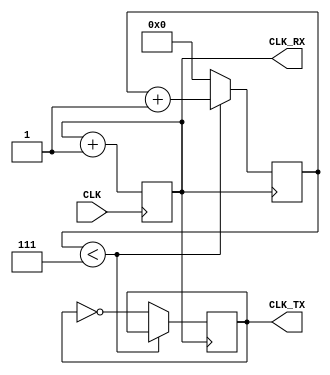
module SERIAL_CLOCK #(parameter K=1,N=1)
                     (input CLK,
                      output CLK_RX,CLK_TX);

reg [N-1:0] acc;
reg [3:0] cnt;
reg clk_1_16;

always @(posedge CLK) acc<=acc+K; //(1)
assign CLK_RX=acc[N-1];

always @(posedge CLK_RX) //(2)
 if(cnt<4'd7) cnt<=cnt+1;
 else
 begin cnt<=0; clk_1_16<=~clk_1_16; end
 
assign CLK_TX=clk_1_16;

endmodule